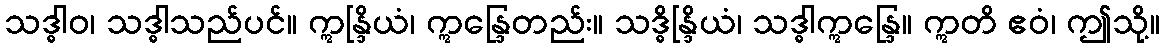
သဒ္ဓါဝ၊ သဒ္ဓါသည်ပင်။ ဣန္ဒြိယံ၊ ဣန္ဒြေတည်း။ သဒ္ဓိန္ဒြိယံ၊ သဒ္ဓါဣန္ဒြေ။ ဣတိ ဧဝံ၊ ဤသို့။